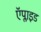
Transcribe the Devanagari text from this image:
ऍप्लाइड